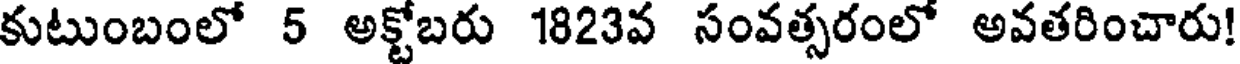
కుటుంబంలో 5 అక్టోబరు 1823వ సంవత్సరంలో అవతరించారు!